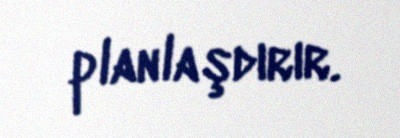
planlaşdırır.